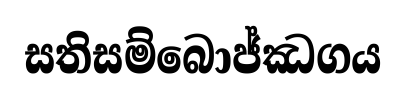
සතිසම්බොජ්ඣගය